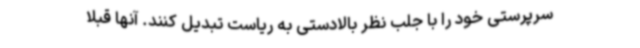
سرپرستی خود را با جلب نظر بالادستی به ریاست تبدیل کنند. آنها قبلا